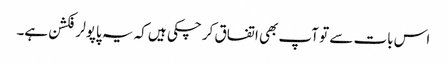
اس بات سے تو آپ بھی اتفاق کر چکی ہیں کہ یہ پاپولر فکشن ہے۔